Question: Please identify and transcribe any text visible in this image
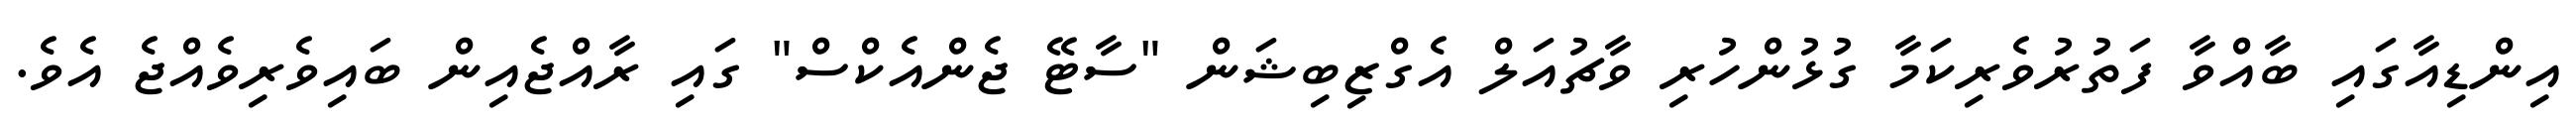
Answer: އިންޑިއާގައި ބާއްވާ ފަތުރުވެރިކަމާ ގުޅުންހުރި ވާޗުއަލް އެގްޒިބިޝަން "ސާޓޭ ޖެންއެކްސް" ގައި ރާއްޖެއިން ބައިވެރިވެއްޖެ އެވެ.